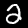
Digit: 2